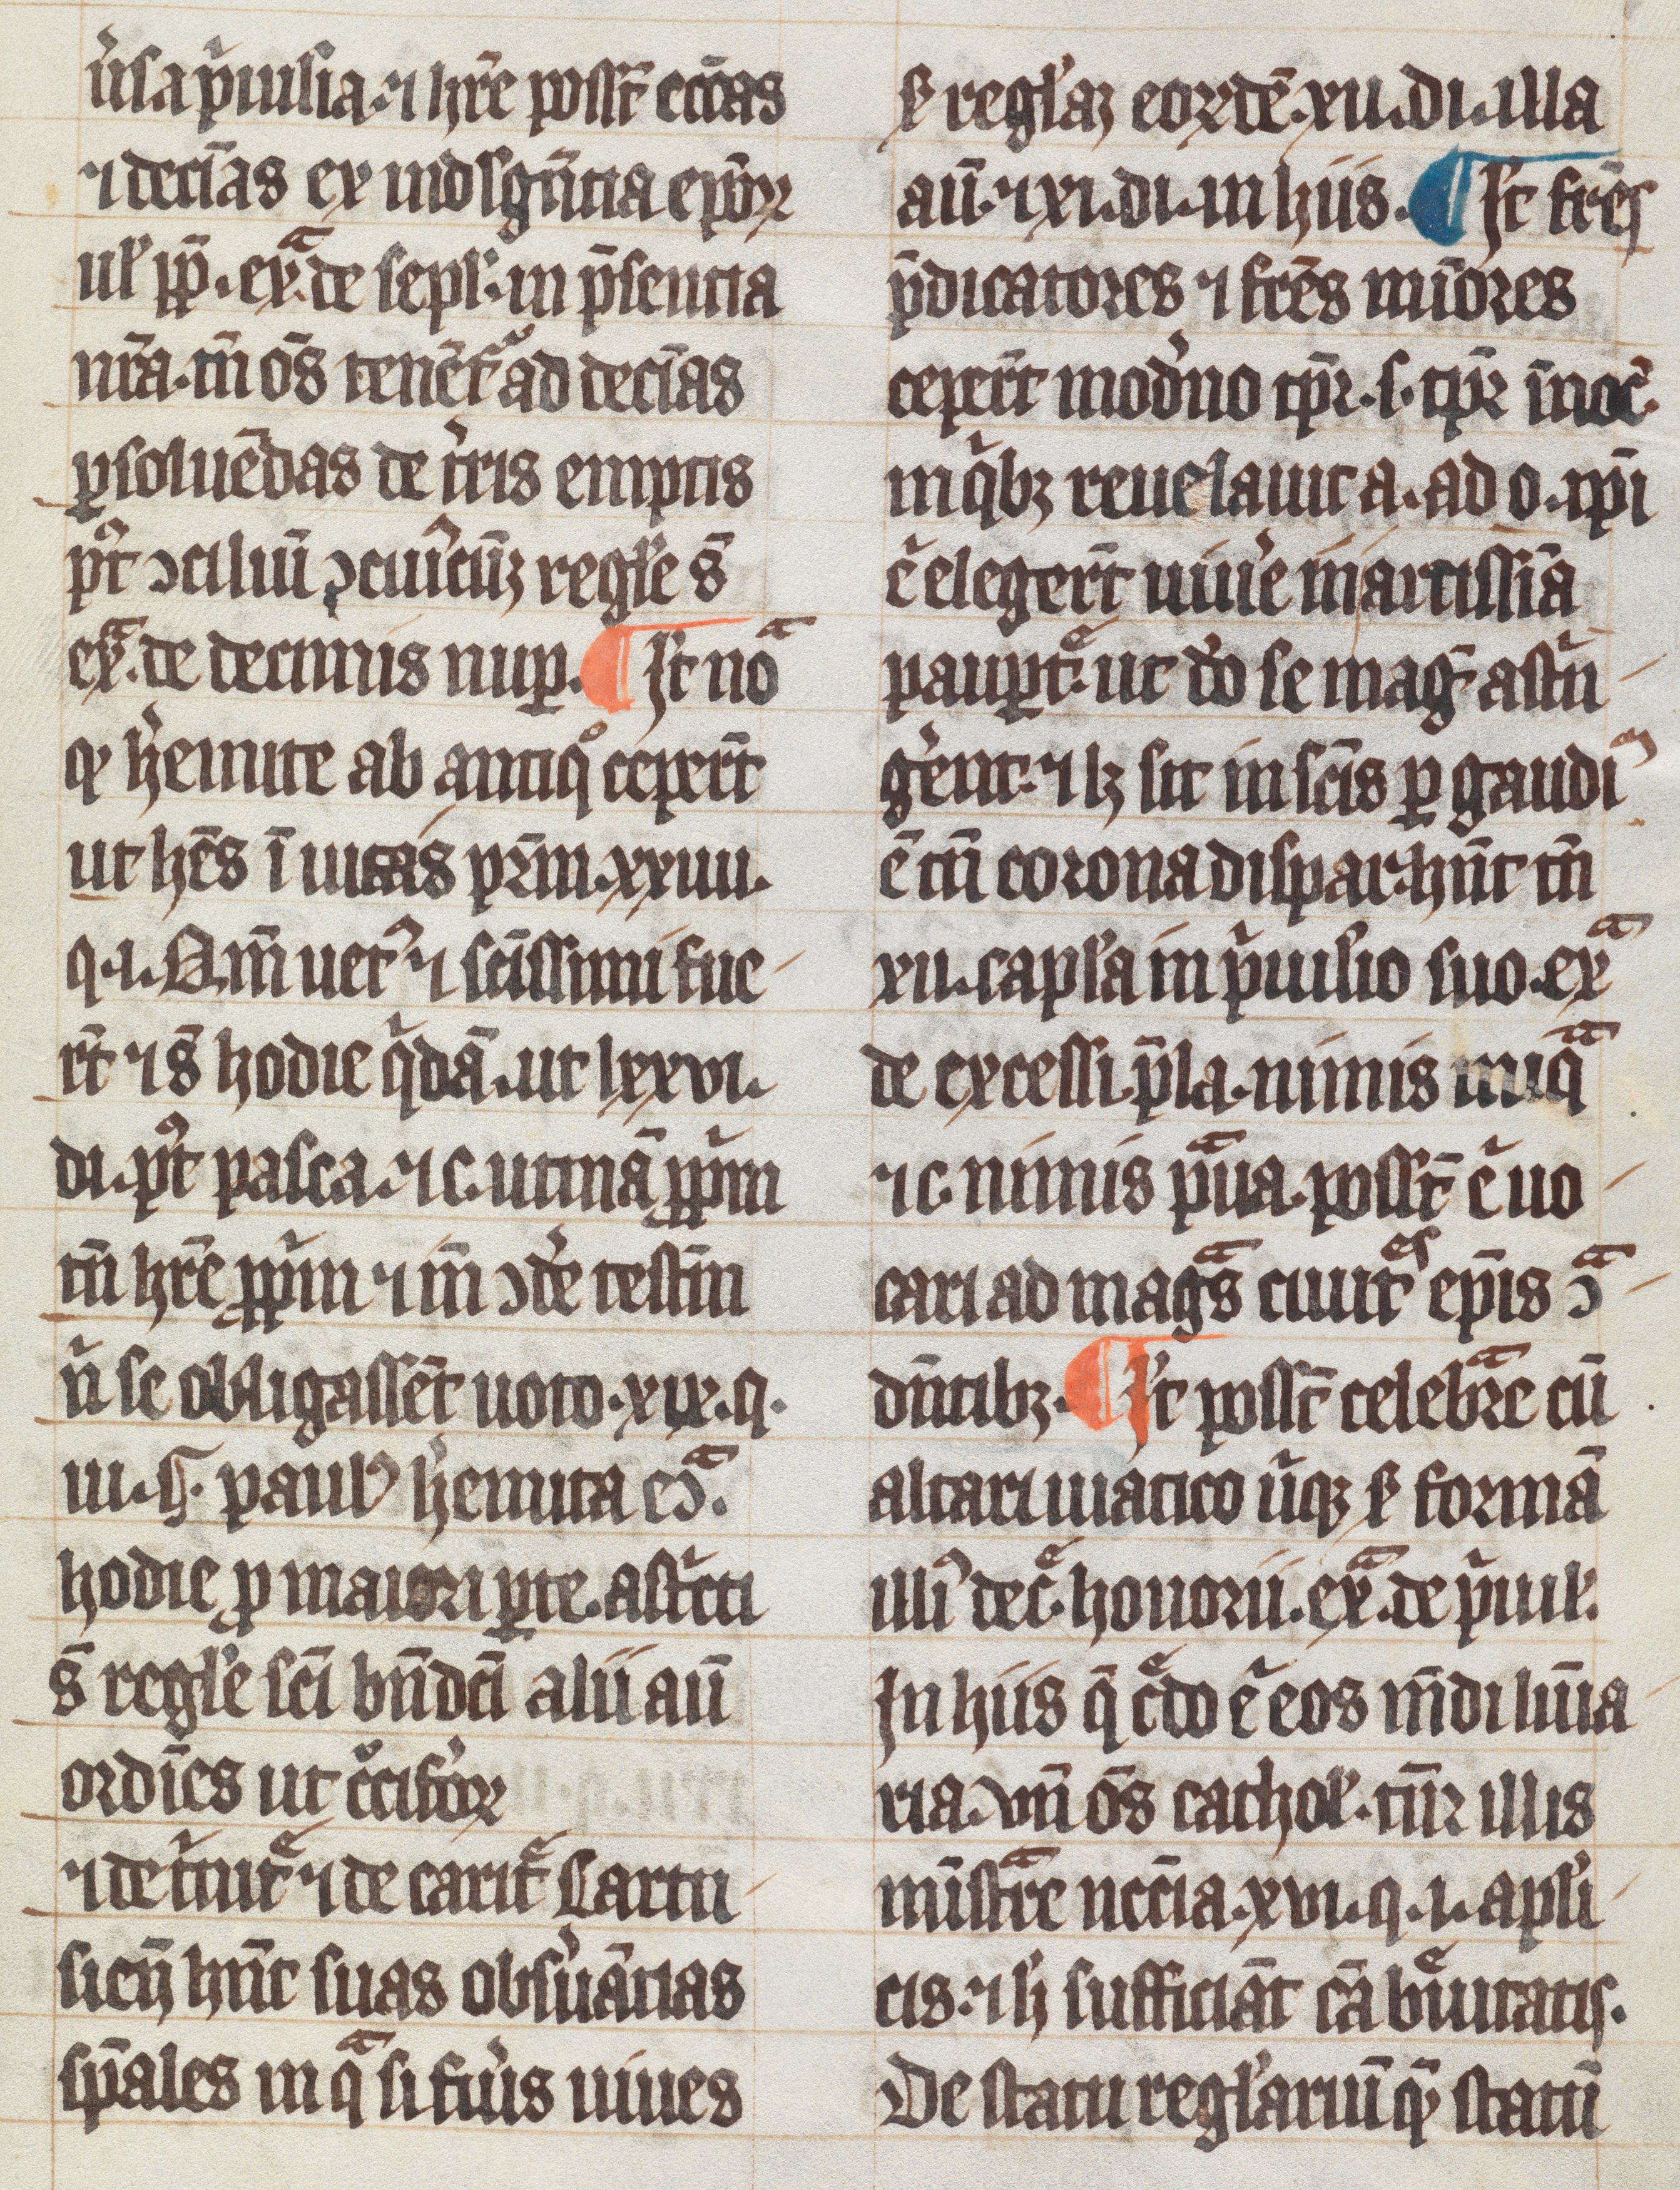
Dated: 1300–1399